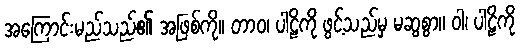
အကြောင်းမည်သည်၏ အဖြစ်ကို။ တာဝ၊ ပါဠိကို ဖွင့်သည်မှ မဆွစွာ။ ဝါ၊ ပါဠိကို